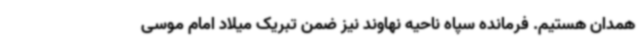
همدان هستیم. فرمانده سپاه ناحیه نهاوند نیز ضمن تبریک میلاد امام موسی